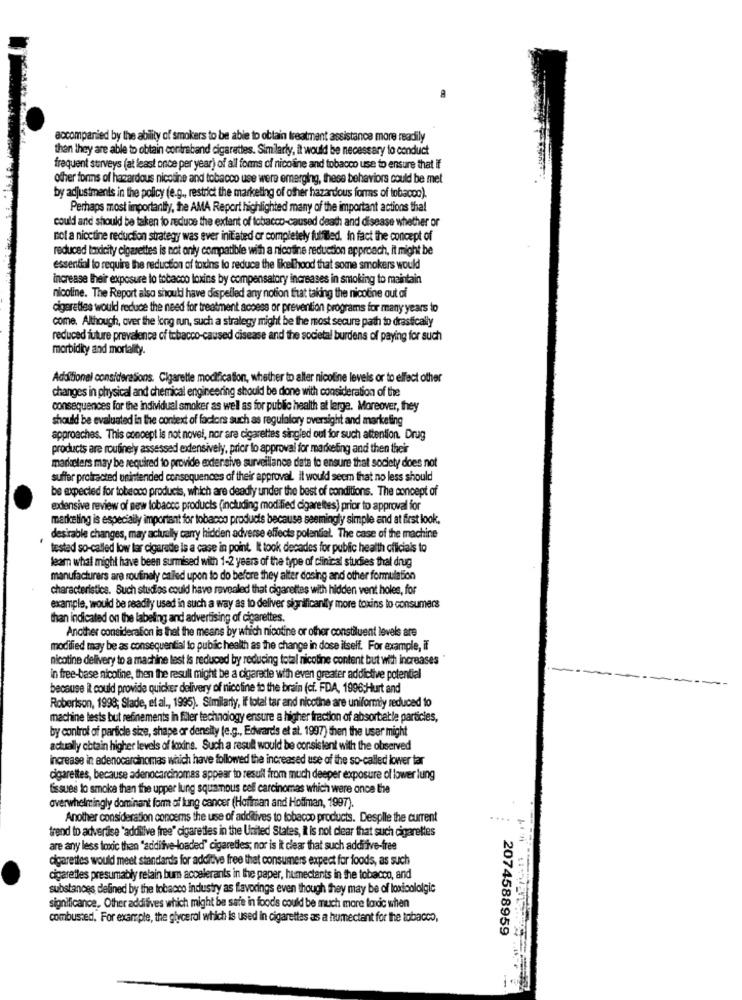
accompanied by the ability of smokers to be able to obtain treatment assistance more readily
than they are able to obtain contraband cigarettes. Similarly, it would be necessary to conduct
frequent surveys (at least once per year) of all forms of nicoline and tobacco use to ensure that if
other forms of hazardous nicotine and tobacco use were emerging, these behaviors could be met
by adjustments in the policy (e.g ., restrict the marketing of other hazardous forms of tobacco).
Perhaps most importantly, the AMA Report highlighted many of the important actions that
could and should be taken to reduce the extent of tobacco-caused death and disease whether or
not a nicetine reduction strategy was ever initiated or completely fulfiled. In fact the concept of
reduced toxicity cigarettes is not only compatible with a nicotine reduction approach, it might be
essential to require the reduction of toxins to reduce the likelihood that some smokers would
increase their exposure to tobacco toxins by compensatory increases in smoking to maintain
nicoline. The Report also shouti have dispelled any notion trat taking the nicotine out ai
cigarettes would reduce the need for treatment access or prevention programs for many years to
come. Although, over the long run, such a strategy might be the most secure path to drastically
reduced future prevalence of tobacco-caused disease and the societal burdens of paying for such
morbidity and mortality.
Additional considerations. Cigarette modification, whether to alter nicoline levels or to elfect other
changes in physical and chemical engineering should be done with consideration of the
consequences for the individual smoker as well as for public health at large. Moreover, they
should be evaluated in the context of factors such as regulatory oversight and marketing
approaches. This concept is not novel, nor are cigarettes singled oul for such attention. Drug
products are routinely assessed extensively, prior to approval for marketing and then their
marketers may be required to provide extensive surveillance data to ensure that society does not
suffer protracted unintended consequences of their approval. It would seem that no less should
be expected for tobecco products, which are deadly under the best of conditions. The concept of
edensive review of new tobacco products (including modified cigarettes) prior to approval for
marketing is especially important for tobacco products because seemingly simple and at first look.
desirable changes, may actually carry hidden adverse effects polenfial. The case of the machine
tested so-called low lar cigarette is a case in point. It took decades for public health officials to
leam what might have been surmised with 1-2 years of the type of clinical studies thal drug
manufacturers are routinely called upon to do before they alter dosing and other formulation
characteristics. Such studios could have revealed that cigarettes with hidden vent holes, for
example, would be readily used in such a way as to deliver significantly more toxins to consumers
than indicated on the labeling and advertising of cigarettes.
Another consideration is that the means by which nicotine or ofher constituent levels are
modified may be as consequential to public health as the change in dose itself. For example, if
nicotine delivery to a machine lest is reduced by reducing total nicotine content but with increases
in free-base nicotine, then the result might be a cigarette with even greater addictive potential
because it could provide quicker delivery of nicotine to the brain (cf. FDA, 1996:Hurt and
Robertson, 1998; Stade, et al ., 1995). Similarly, If total tar and nicotine are uniformly reduced to
machine tests but refinements in filer technology ensure a higher fraction of absorbable particles,
by control of particle size, shape or density (e.g ., Edwards et al. 1997) then the user might
actually obtain higher levels of loxins. Such a result would be consistent with the observed
increase in adenocarcinomas which have followed the increased use of the so-called lower tar
cigarettes, because adenocarcinomas appear to result from much deeper exposure ol lower lung
fissues to smoke than the upper lung squamous cell carcinomas which were once the
overwhelmingly dominant form of lung cancer (Hoffman and Hoffman, 1997).
Another consideration concerns the use of additives to tobacco products. Despille the current
trend to advertise "addilive free" cigarettes in the United States, It is not clear that such cigarettes
are any less toxic than "additive-loaded" cigaretles; nor is it clear that such addrive-free
cigarettes would meet standards for additive free that consumers expect for foods, as such
cigaretles presumably relain bum accelerants in the paper, humectants in the tobacco, and
substances defined by the tobacco industry as flavorings even though they may be of loxicalalgic
significance. Other additives which might be safe in foods could be much more fordic when
combusted. For example, the glycerol which is used in cigarettes as a humectant for the tobacco,
2074588959